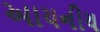
આયનીય